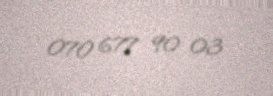
070 677 90 03